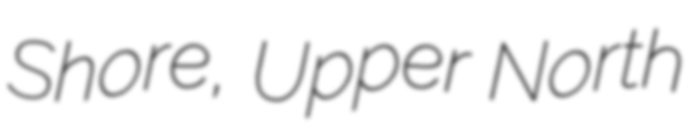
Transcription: Shore, Upper North